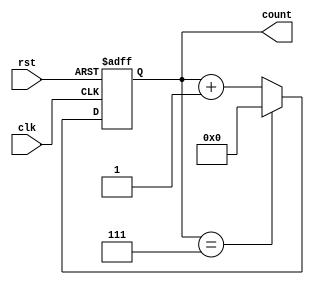
module Modulus_Counter (
    input clk,
    input rst,
    output reg [3:0] count
);

parameter MODULUS_VALUE = 7;

always @(posedge clk or posedge rst) begin
    if (rst) begin
        count <= 4'b0;
    end else begin
        if (count == MODULUS_VALUE) begin
            count <= 4'b0;
        end else begin
            count <= count + 1;
        end
    end
end

endmodule